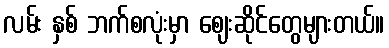
လမ်း နှစ် ဘက်စလုံးမှာ ဈေးဆိုင်တွေများတယ်။